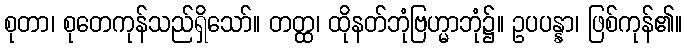
စုတာ၊ စုတေကုန်သည်ရှိသော်။ တတ္ထ၊ ထိုနတ်ဘုံဗြဟ္မာဘုံ၌။ ဥပပန္နာ၊ ဖြစ်ကုန်၏။